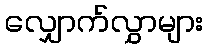
လျှောက်လွှာများ